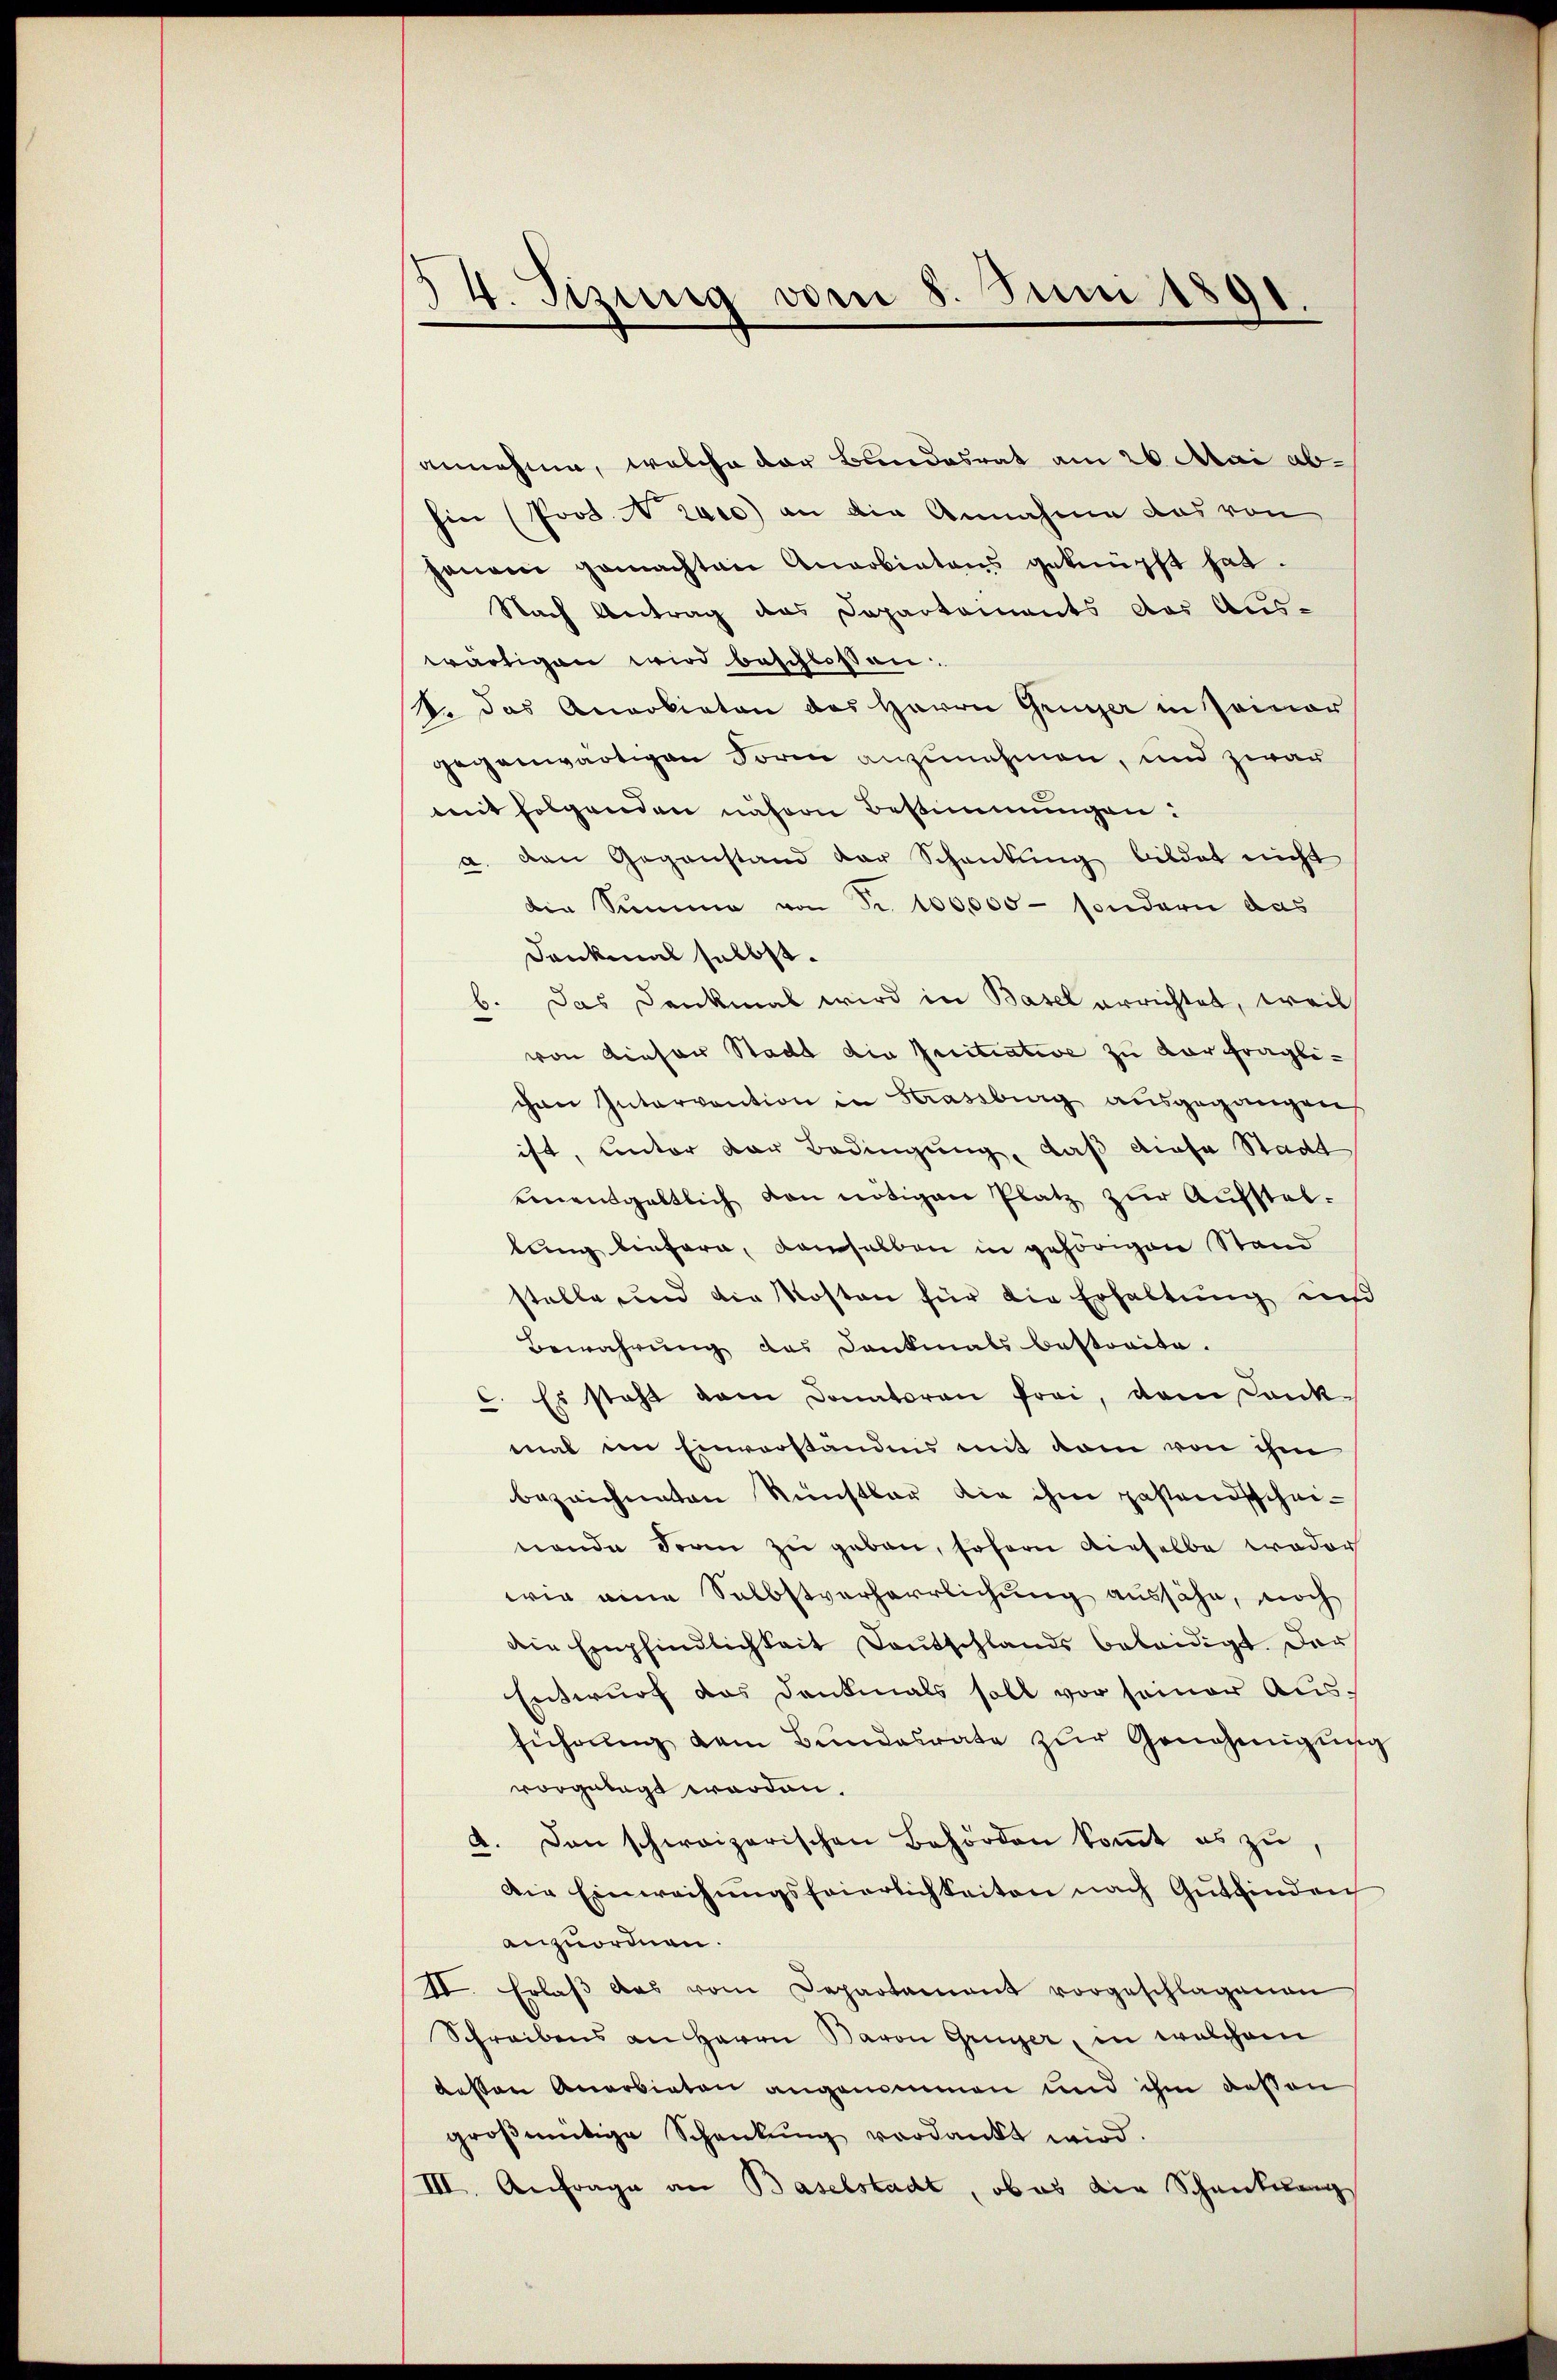
54. Sizung vom 8. Juni 1891.
.

annehme, welche der Bundesrat am 26. Mai abhin (Pros. 2 c) an die Annahme das von
ganain gemachten Anerbietens geknüpft hat.
Nach Antrag das Departements das Aus-
wärtigen wird beschlossen
V. das Anerbieten des Herrn Grüner in Painer
gegenwärtigen Form anzunehmen, und zwar
mit folgenden nähern Bestimmungen:
a. van Gegenstand der Schankŭng bildet nicht
die Summe von Nr. 100,000 - sondern das
Dankmal selbst.
b. Das Denkmal wird in Basel errichtet, weil
von dieser Stadt die Initiative zu Dorfraglichen Intervention in Krassburg ausgegangen
ist, unter der Bedingung, daß diese Stadt
einentgeltlich von nötigen Platz zur Aufstelbung liefern, demselben in gehörigen Stand
stelle und die Kosten für die Erhaltung und
Bewahrung des Dankmals bestraite.
C. Es steht am Donatoren frei, dem dank-
mal im Einverständnis mit dem von ihm
bezeichneten Kunstbar die ihm gestandsscheinende Form zu geben, sofern dieselbe weder
wie eine Selbstverharrlichung aussähe, noch
die Empfindlichkeit Deutschlands beleidigt. Der
Entwurf das Dankmals soll vor seiner Ausführung dem Bundesrate zŭr Genehmigung
vorgelegt worden.
4. Den schweizerischen Behörden koṁt es zŭ
Die Einweihungsfeierlichkeiten nach Gutfinden
anzuordnen.
II. Erlaβ das vom Departament vorgeschlagenen
Schreibens an Herrn Baron Grüner, in welchem
dessen Anerbieten angenommen und ihm deßen
groβmütige Schankŭng verdankt wird.
III. Anfrage an Baselstadt, ob es die Schankwang